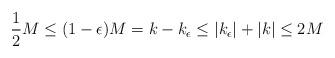
LaTeX: \begin{align*}\frac{1}{2}M\leq(1-\epsilon)M=k-k_\epsilon\leq |k_\epsilon|+|k|\leq 2M\end{align*}